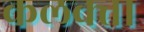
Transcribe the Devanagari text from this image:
कलक्‍त्ता